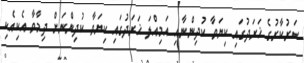
ސަރުކާރުގެ ޚަރަދުގައި ކިޔަވާ ކުދިންނާއި އަމިއްލަ ޚަރަދުގައި ކިޔަވާ ކުދިންނަށް ދިމާވާ އެކިއެކި